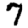
Digit: 7